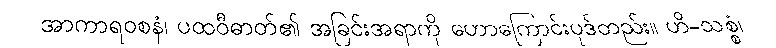
အာကာရဝစနံ၊ ပထဝီဓာတ်၏ အခြင်းအရာကို ဟောကြောင်းပုဒ်တည်း။ ဟိ-သစ္စံ၊